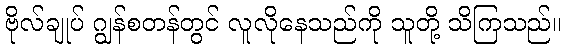
ဗိုလ်ချုပ် ဂျွန်စတန်တွင် လူလိုနေသည်ကို သူတို့ သိကြသည်။